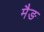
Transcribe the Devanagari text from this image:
मैङ